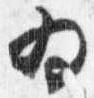
為